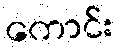
ကောင်း